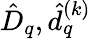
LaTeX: \hat{D}_{q},\hat{d}_{q}^{(k)}